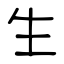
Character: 生